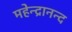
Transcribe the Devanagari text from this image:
महेन्द्रानन्द